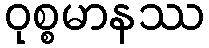
ဝုစ္စမာနဿ